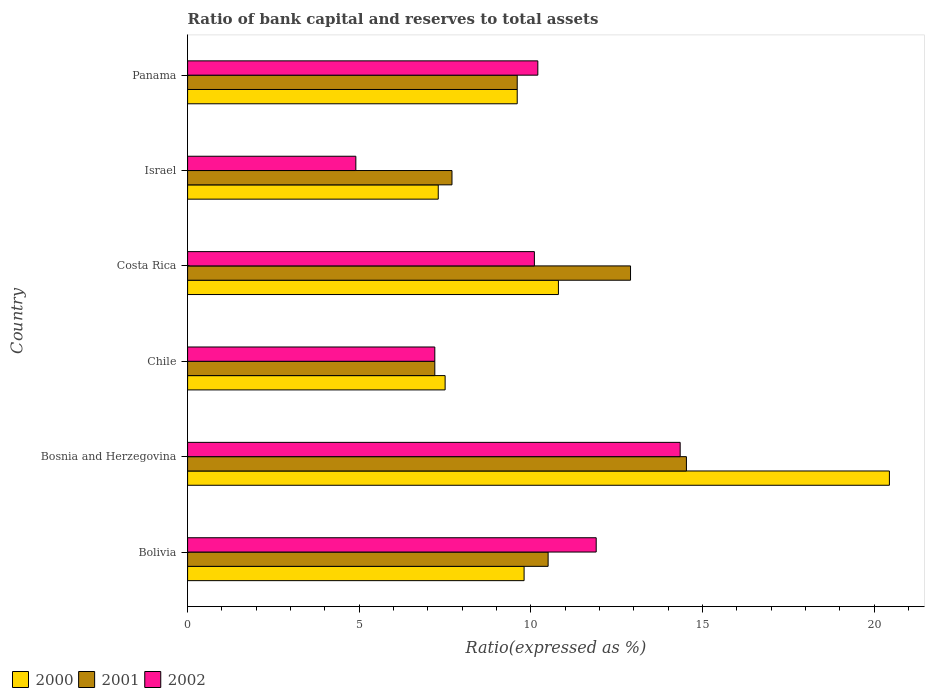
| Country | 2000 | 2001 | 2002 |
 | --- | --- | --- | --- |
 | Bolivia | 9.8 | 10.5 | 11.9 |
 | Bosnia and Herzegovina | 20.4 | 14.5 | 14.3 |
 | Chile | 7.5 | 7.2 | 7.2 |
 | Costa Rica | 10.8 | 12.9 | 10.1 |
 | Israel | 7.3 | 7.7 | 4.9 |
 | Panama | 9.6 | 9.6 | 10.2 |